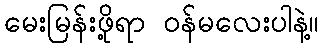
မေးမြန်းဖို့ရာ ဝန်မလေးပါနဲ့။